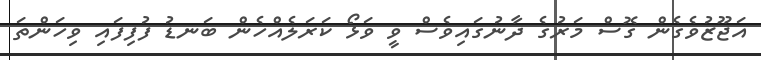
އަޖޫޒުވެގެން ގޮސް މަރުގެ ދާނުގައިވެސް ވީ ވަޅޯ ކަރަލެއްހެން ބަނޑު ފުފިފައި ވިހަންތަ